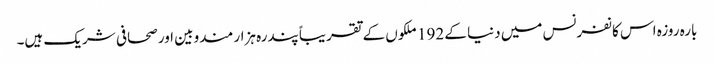
بارہ روزہ اس کانفرنس میں دنیا کے 192 ملکوں‍ کے تقریباً پندرہ ہزار مندوبین اور صحافی شریک ہیں۔